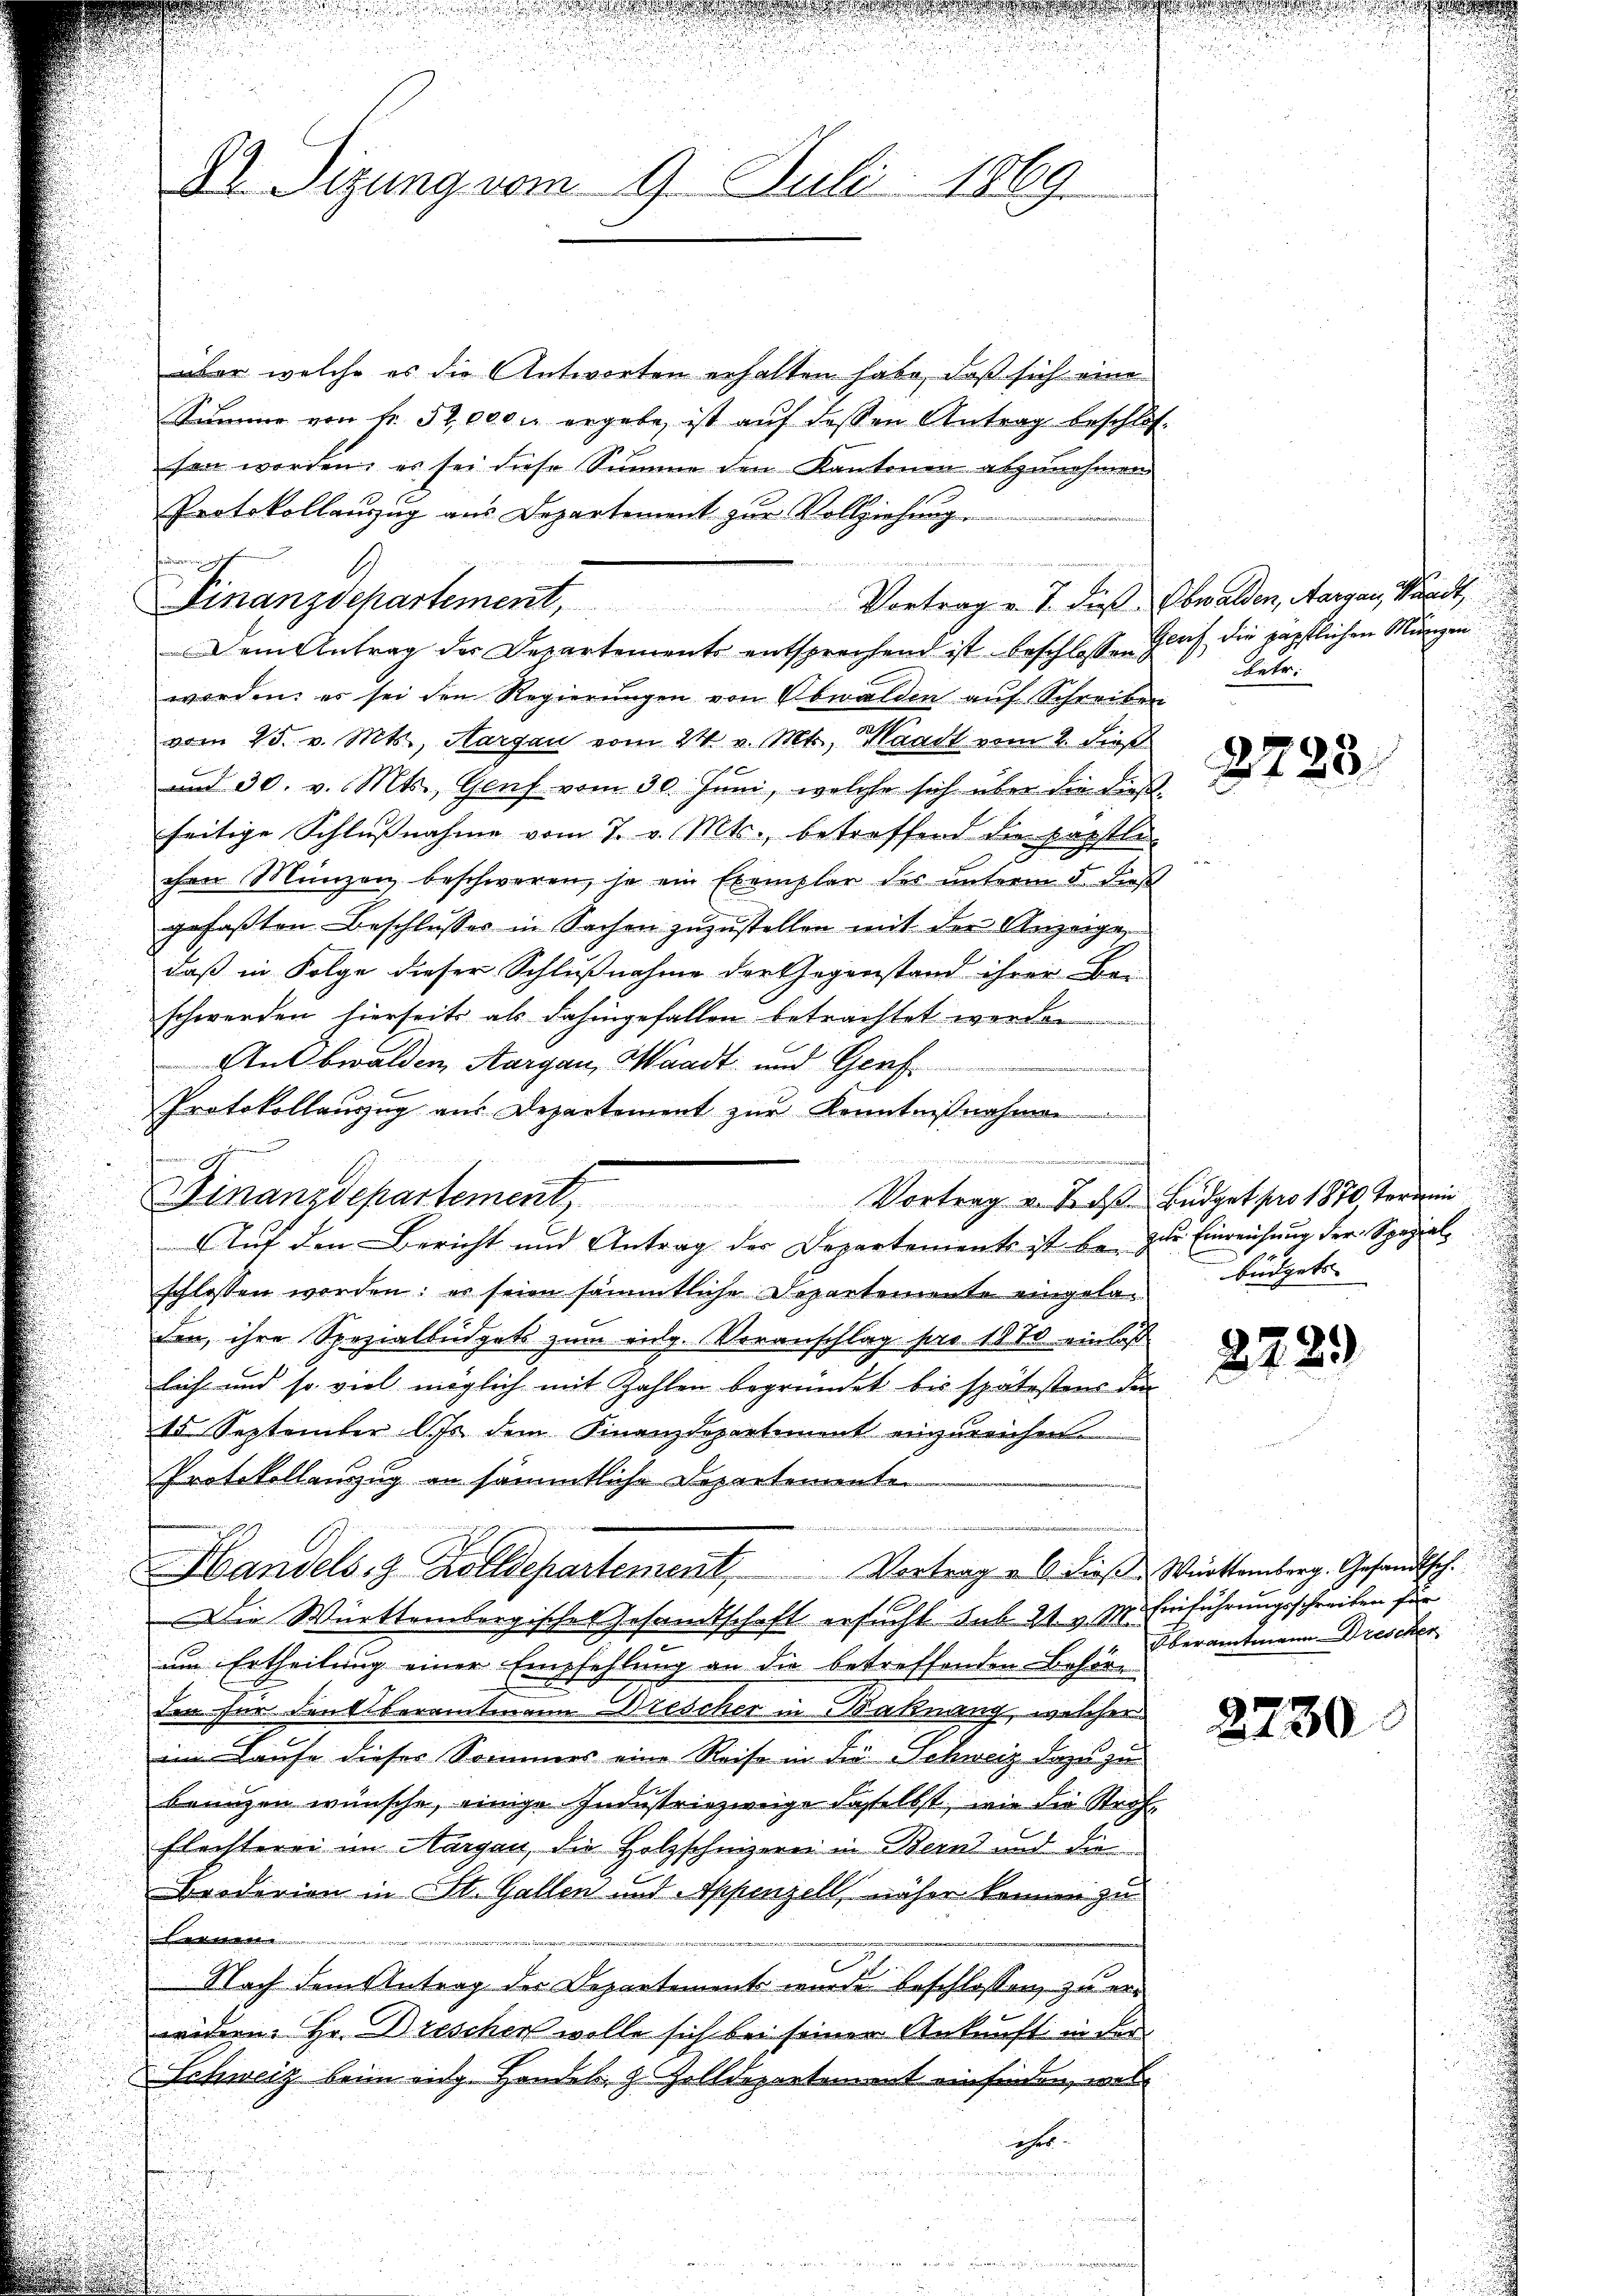
Dr. Sitzung vom 9. Juli 1869

aber welche es die Antworten erhalten habe, daß sich eine
Summe von Fr. 52,000. ergebe, ist auf dessen Antrag beschlossen worden, es sei diese Summe den Kantonen abzunehmen.
Protokollauszug aus Departement zŭr Vollziehung.
Dem Antrag des Departements entsprechend ist beschlossen
worden: es sei den Regierŭngen von Obwalden aŭf Schreiben
vom 25. v. Mts., Aargau vom 24. v. Mts. Waadt vom 2. dieß
und 30. v. Mts., Genf vom 30. Juni, welche sich über die dießseitige Schlußnahme vom 7. v. Mts., betreffend die päpstle
chen Münzen beschweren, ja ein Exemplar des unterm 5. dieß
gefaßten Beschlusses in Sachen zuzustellen mit der Anzeige,
daß in Folge dieser Schlußnahme der Gegenstand ihrer Bei
schwerden hierseits als dahingefallen betrachtet werden
An Obwalden, Aargau, Waadt und Genf
d
Protokollauszug aus Departement zur Kenntnißnahmen
A
schlossen worden: es seien sämmtliche Departemente eingeladen, ihre Spezialbüdgets zum eidg. Voranschlag pro 18 10 einlaß
lecht und so viel möglich mit Zahlen begründet bis spätestens die
15 September lJs dem Finanzdepartement einzureichen.
Protokollauszug an sämmtliche Departemente
u
Handels- & Zolldepartement. Vortrag a 6 dieβ Württemberg. Gesandtsch.
Die Württembergisches Gesandtschaft ersucht sub 21. v. M. Einführungsschreiben für
um Ertheilung einer Empfehlung an die betreffenden Behörden für den Überamtmann Bescher in Maßnang, welcher
im Laufe dieser Sommers eine Reise in die Schweiz dazu zu
brungen wünsche, einige Industriezweige dasselbst, wie die Straf¬
Flechterei im Margau, die Holzschnizerei in Bern und die
Broderien in St. Gallen und Appenzell näher können zu
kletten |
iuni 1
Nach dem Antrag der Departement wurde beschlossen, zu erwidern Hr. Dreschen wolle sich bei seiner Ankunft in der
 Schweiz beim eidg. Handels, z. Zolldepartement einfinden, welehet.

t
Finanzdepartement, Vortrag u. 7. die Obwalden, Aargau, Waadt,

i
Finanzdepartement, Vortrag v. Techs Fudert pro 1870 Termin
Auf den Bericht und Antrag der Departements ist be- zur Einreichung der Spezial¬

n

Gerich die päpstlichen Mungen
betr.

2723.

94
büdgets |

2729

Oberamtmann Drescher

2730